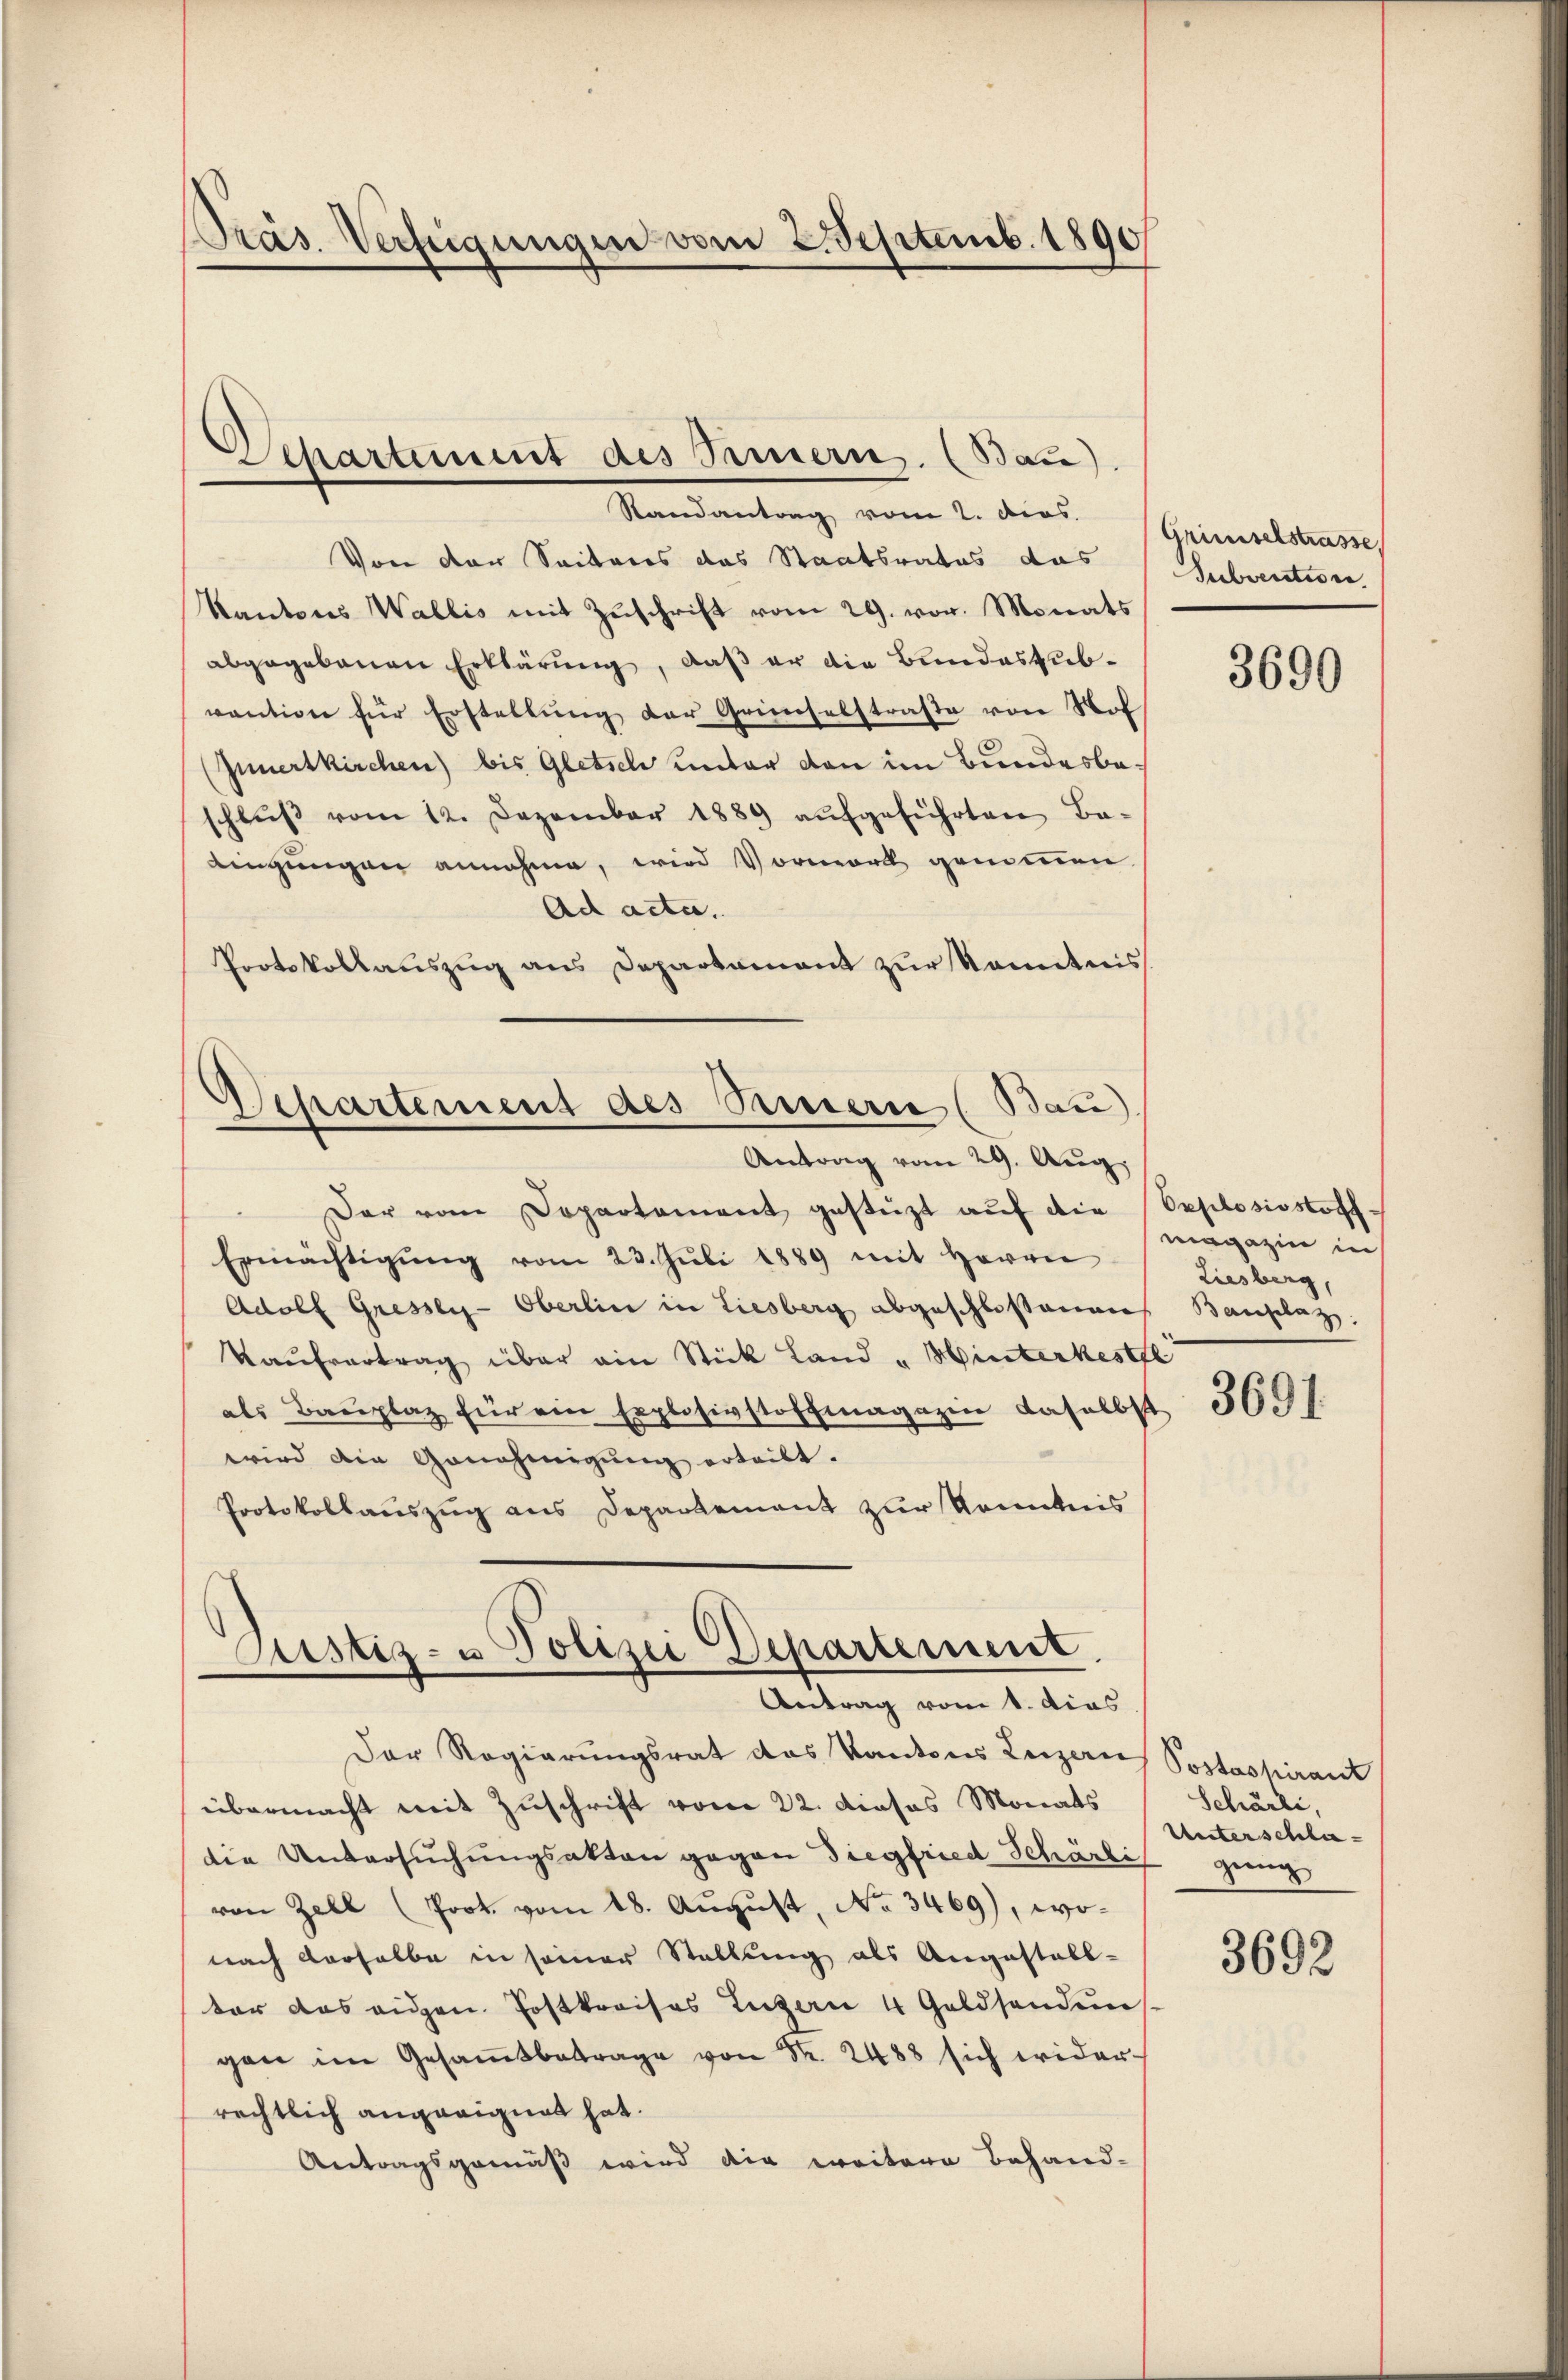
Präs. Verfügungen vom 2. Septemb. 1890

Randantrag vom 2. dies. Griesselstrasse
Von der Seiteres das Staatsrates das Subvention.
Kantons Wallis mit Zŭschrift vom 29. vor. Monats
abgegebenen Erklärung, daß er die Bundessubvantion für Erstellung der Grünselstraße von Nol¬
(Innertkirchen) bis Gletsch unter den im Bundesbeschlŭβ vom 12. Dezember 1889 aŭfgeführten Ba-
Lingungen annahme, wird Vormord genommen
Ad acta.
Protokollaŭszŭg ans Departamant zŭr Kenntnis
Departement des Pamerie (Bau)
Antrag vom 29. Aug.
Der vom Departement gestüzt aŭf die Opplosiostoff.
Ermächtigŭng vom 23. Jŭli 1889 mit Herrn
Adolf Gressen-Oberlin in Liesberg abgeschlossenen
Kaŭfvertrag über ain Stück Land „Hinterkestre
als Baŭplaz für ein Explosivstoffmagazin daselbst 3691.
wird die Genehmigung erteilt.
Protokollauszug aus Departement zur Kenntnis

Departement des Baiern. (Bau)

Justiz- u Polizei Departement
Antrag vom 1. dies

Der Regierungsrat das Kantons Luzern Postaspirant
übermacht mit Zuschrift vom 22. dieses Monats
die Untersuchungsakten gegen Siegfried Schärtigung
von Zell (Joot. vom 18. August, No 3469), wonach derselbe in seiner Stellung als Angestall-
ter das eigen Postkreises Luzern 4 Goldsenden
gan im Gesamtbetrage von d. 2488 sich wider-
rechtlich angeeignet hat.
Antragsgemäß wird die weitere Behand-

3690

magazin in
Liesberg,
Bauplaz

Schärli,
Unterschla¬

3692